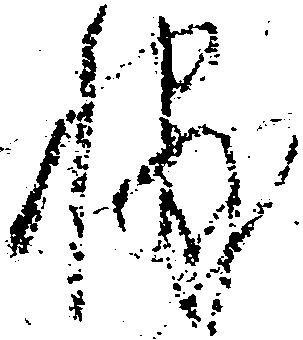
輔